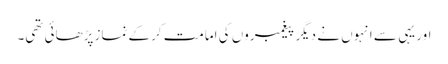
اور یہی سے انہوں نے دیگر پیغمبروں کی امامت کرکے نماز پڑھائی تھی۔